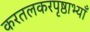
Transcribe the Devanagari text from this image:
करतलकरपृष्ठाभ्याँ